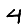
Digit: 4